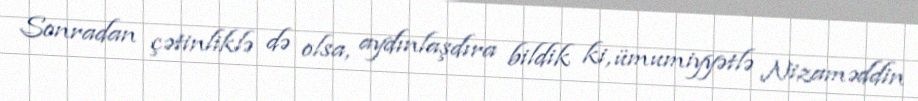
Sonradan çətinliklə də olsa, aydınlaşdıra bildik ki, ümumiyyətlə Nizaməddin